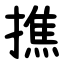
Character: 撨